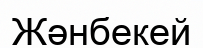
Жәнбекей